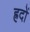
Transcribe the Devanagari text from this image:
ह्रदों